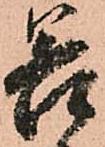
若